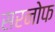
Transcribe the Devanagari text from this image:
सरनोफ